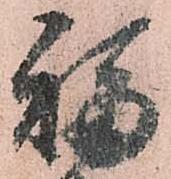
福